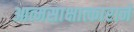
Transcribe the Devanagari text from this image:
आत्मसाक्षात्काराने